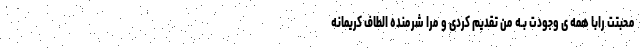
محبتت رابا همه ی وجودت بـه من تقدیم کردی و مرا شرمنده الطاف کریمانه